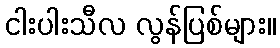
ငါးပါးသီလ လွန်ပြစ်များ။